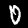
Digit: 0